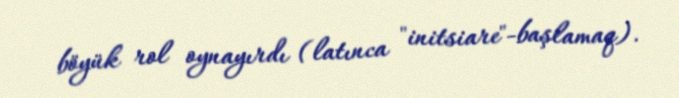
böyük rol oynayırdı (latınca "initsiare"-başlamaq).